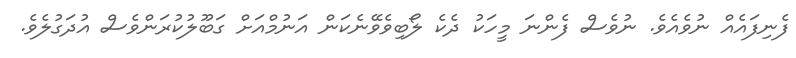
ފެނިފައެއް ނުވެއެވެ. ނުވެސް ފެންނަ މީހަކު ދެކެ ލޯބިވެވޭނެކަން އަނުމްއަށް ގަބޫލުކުރަންވެސް އުދަގުލެވެ.